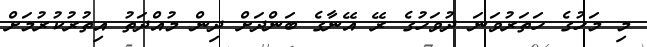
މި މަހުގެ ހަތަރުވަނަ ދުވަހުގެ ރޭ އޭނާގެ ބަންދަށް ދިން މުއްދަތު އިތުރުކުރުމަށް